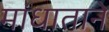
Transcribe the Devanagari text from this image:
मांधाताने